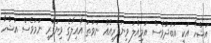
އަޝްހާ އަކީ އަބަދުވެސް އަމިއްލަ ވިޔަފާރިއެއް ނުވަތަ އާއިލާގެ ވިޔަފާރި ނަމަވެސް އަޝްހާ